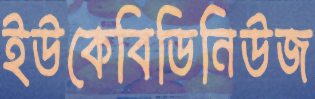
ইউকেবিডিনিউজ